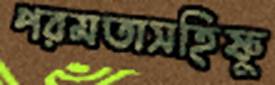
পরমতাসহিষ্ণু